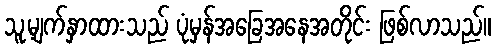
သူ့မျက်နှာထားသည် ပုံမှန်အခြေအနေအတိုင်း ဖြစ်လာသည်။